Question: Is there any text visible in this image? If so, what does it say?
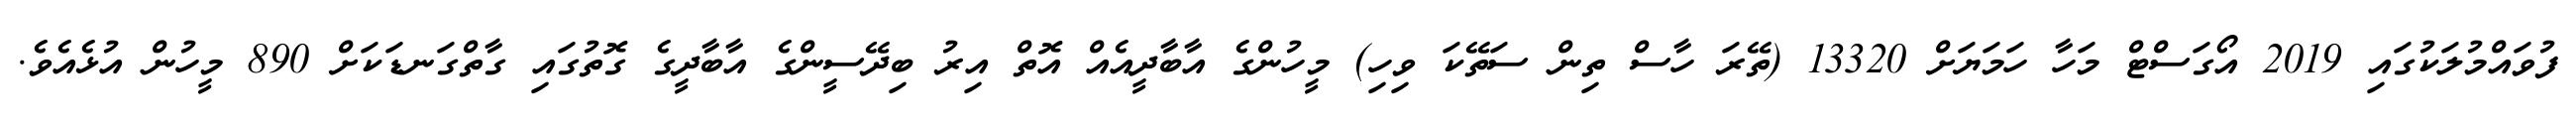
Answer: ފުވައްމުލަކުގައި 2019 އޯގަސްޓް މަހާ ހަމަޔަށް 13320 (ތޭރަ ހާސް ތިން ސަތޭކަ ވިހި) މީހުންގެ އާބާދީއެއް އޮތް އިރު ބިދޭސީންގެ އާބާދީގެ ގޮތުގައި ގާތްގަނޑަކަށް 890 މީހުން އުޅެއެވެ.